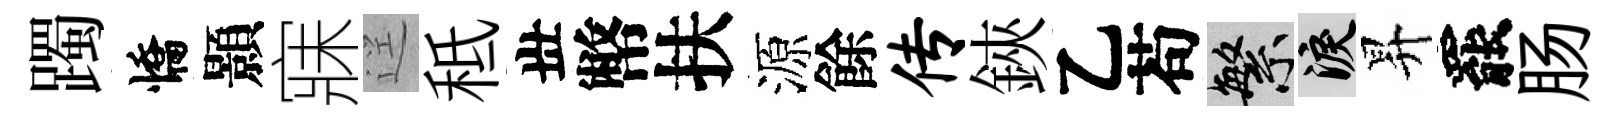
躅憍顥寐逕秪丗幣扶源餘传鋏乙苟繁泪昇罷肠